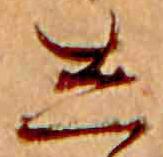
し